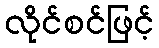
လိုင်စင်ဖြင့်